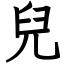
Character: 兒